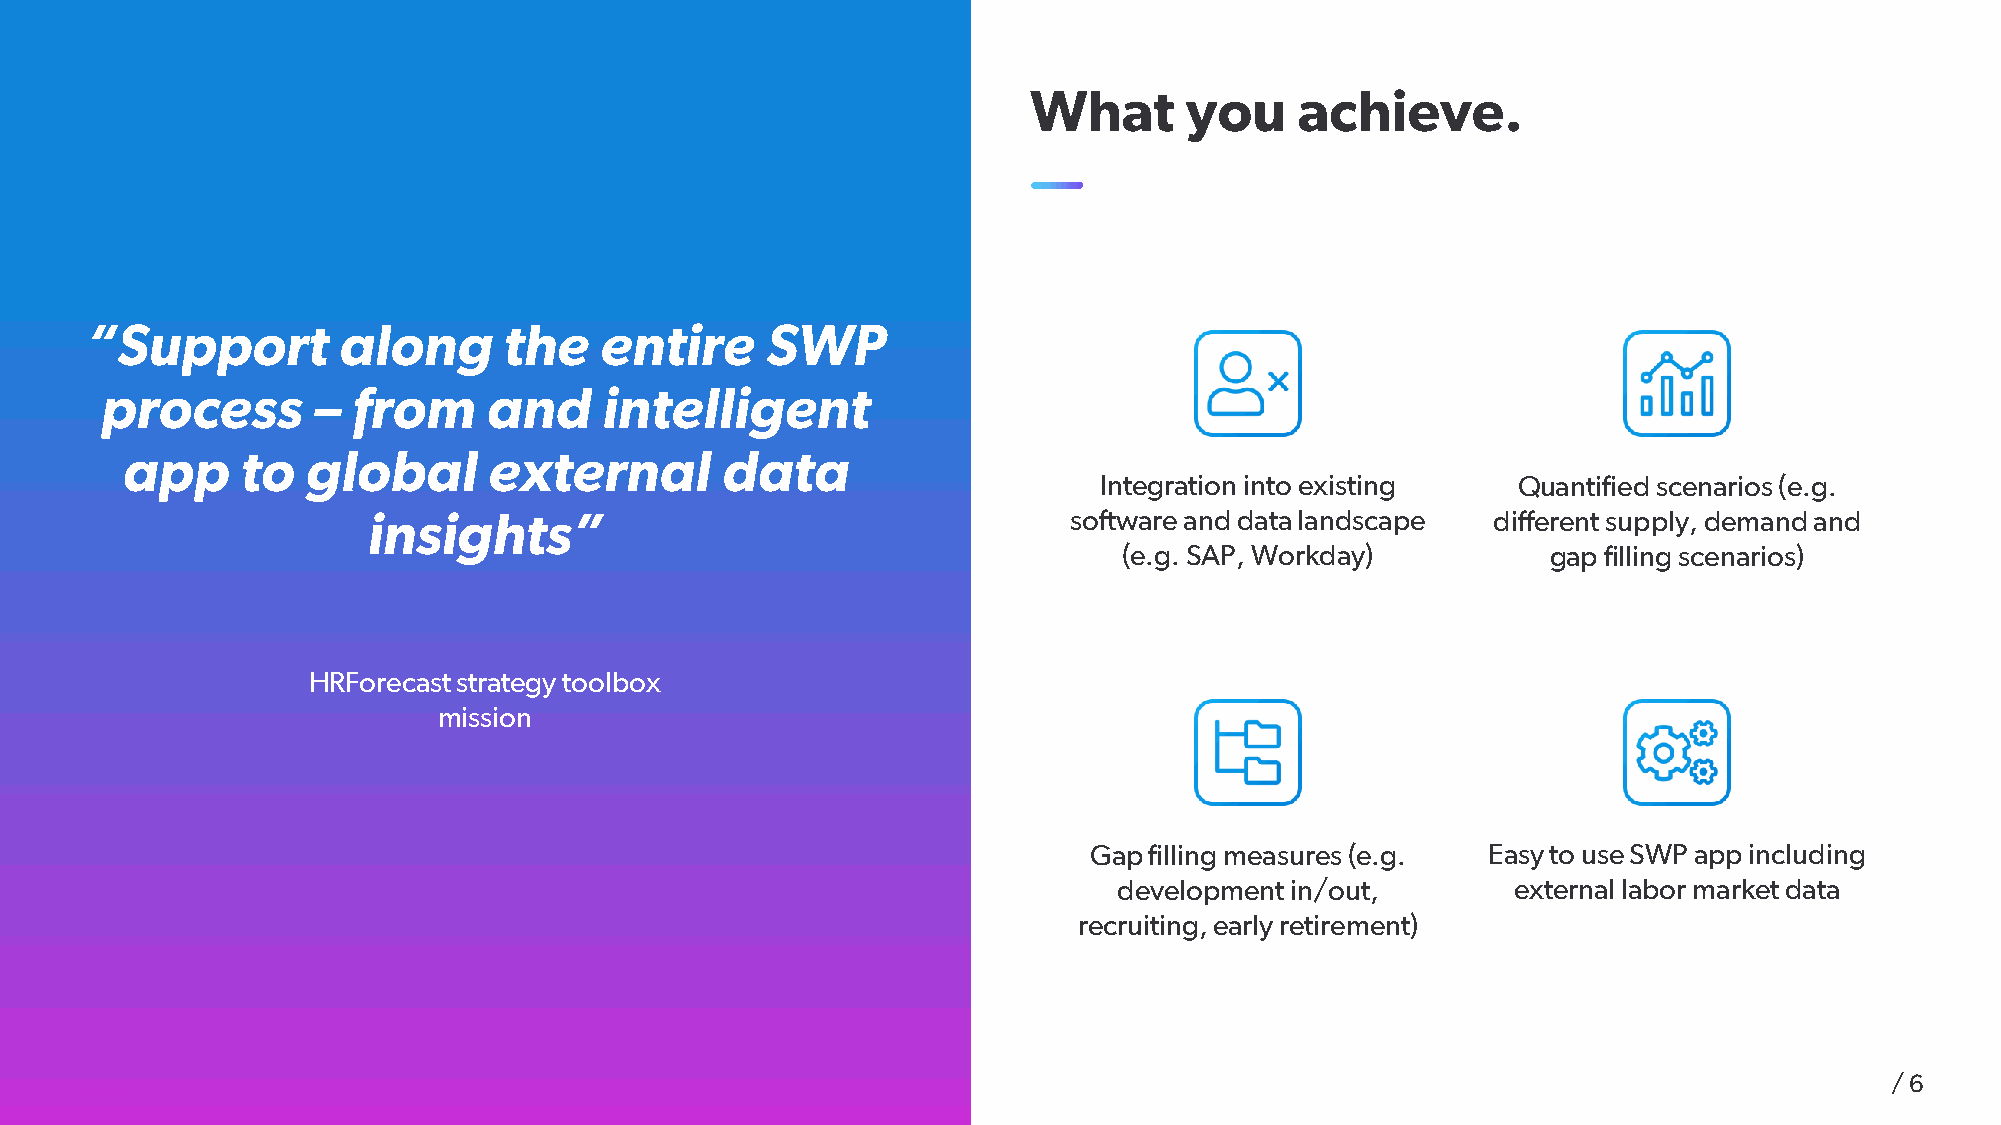
What      you     achieve.
 “Support        along      the    entire     SWP
 process       – from     and     intelligent
 app     to  global      external        data
 Integration into existing  Quantified scenarios (e.g.
 insights”                                      software and data landscape different supply, demand and
 (e.g. SAP, Workday)          gap filling scenarios)
 HRForecast strategy toolbox
 mission
 Gap filling measures (e.g. Easy to use SWP app including
 development in/out,       external labor market data
 recruiting, early retirement)
 / 6